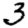
Digit: 3